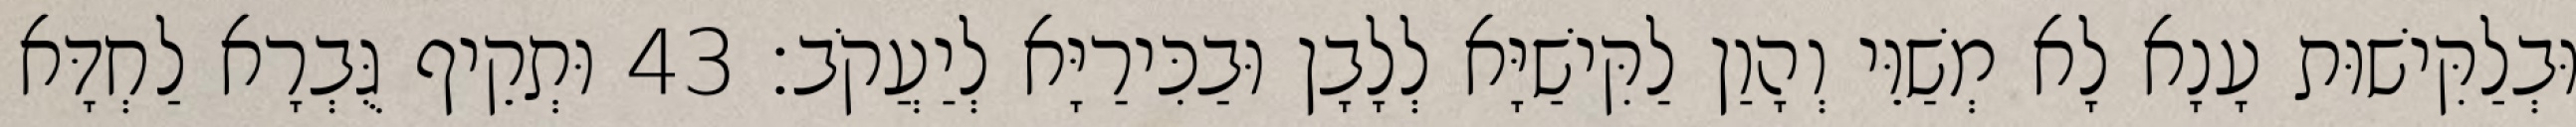
וּבְלַקִּישׁוּת עָנָא לָא מְשַׁוֵּי וְהָוַן לַקִּישַׁיָּא לְלָבָן וּבַכִּירַיָּא לְיַעֲקֹב׃ 43 וּתְקֵיף גֻּבְרָא לַחְדָּא